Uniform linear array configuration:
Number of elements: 12
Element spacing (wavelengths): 0.5
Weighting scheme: uniform
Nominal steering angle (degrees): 0
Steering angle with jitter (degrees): -0.549
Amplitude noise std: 0.05
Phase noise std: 0.05

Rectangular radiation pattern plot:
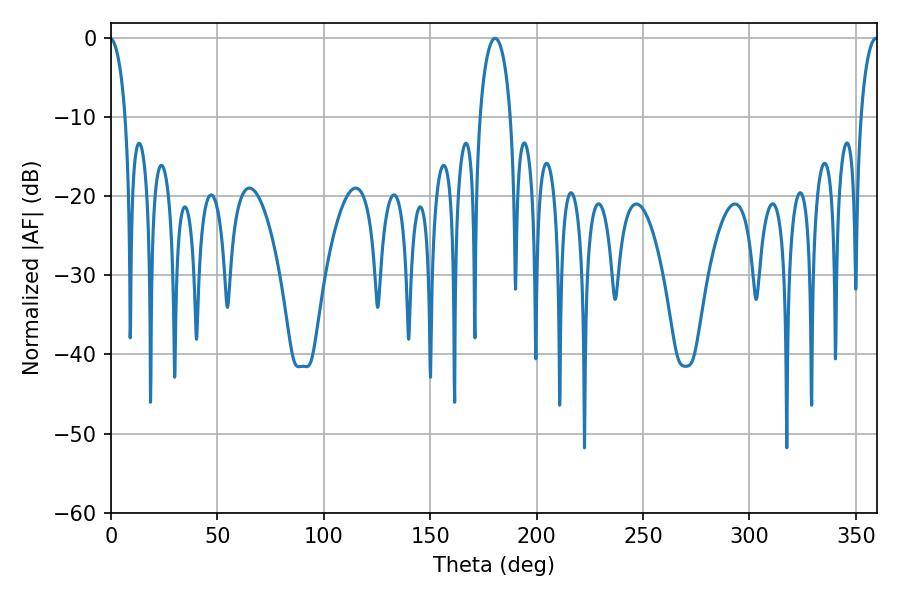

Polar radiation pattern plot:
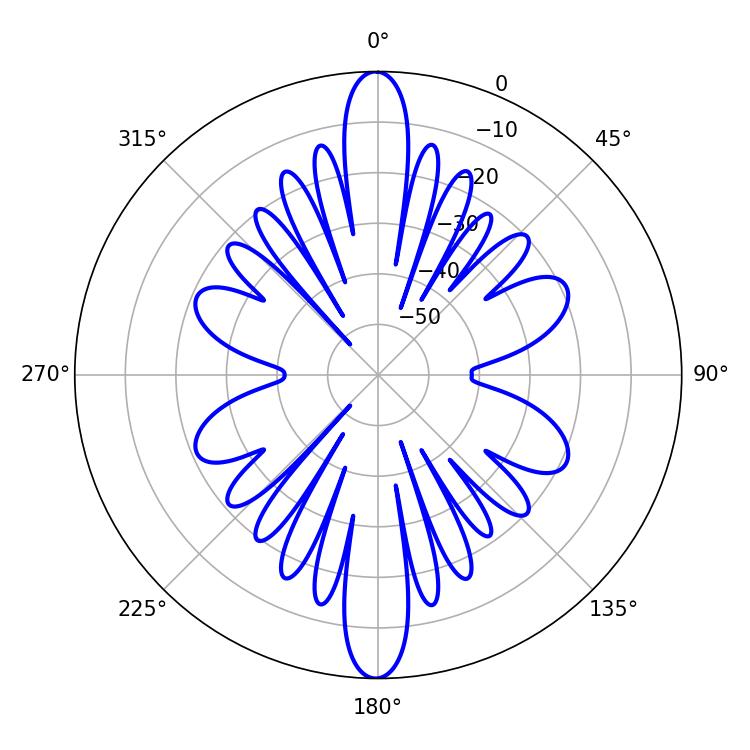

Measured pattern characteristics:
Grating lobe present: FALSE
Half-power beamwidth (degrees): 4.68
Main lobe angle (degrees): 359.46